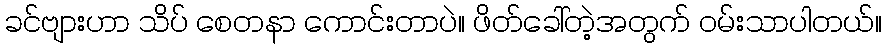
ခင်ဗျားဟာ သိပ် စေတနာ ကောင်းတာပဲ။ ဖိတ်ခေါ်တဲ့အတွက် ဝမ်းသာပါတယ်။